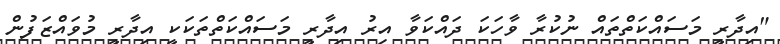
"އިދާރީ މަސައްކަތްތައް ނުކުރާ ވާހަކަ ދައްކަވާ އިރު އިދާރީ މަސައްކަތްތަކަކީ އިދާރީ މުވައްޒަފުން